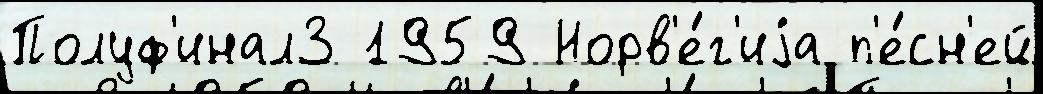
Полуф'инал3 1959 Норв'е́г'иjа п'е́сн'ей